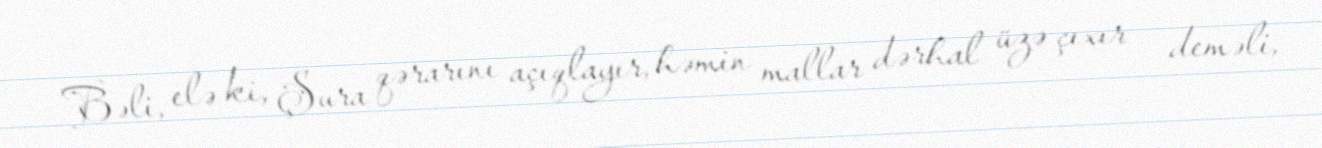
Bəli, elə ki, Şura qərarını açıqlayır, həmin mallar dərhal üzə çıxır – deməli,